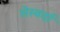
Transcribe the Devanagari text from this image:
सेस्वर्दा